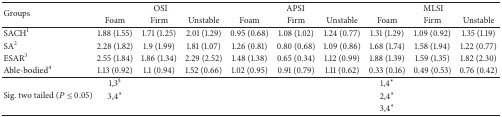
<table><thead><tr><td rowspan="2"><b>Groups</b></td><td colspan="3"><b>OSI</b></td><td colspan="3"><b>APSI</b></td><td colspan="3"><b>MLSI</b></td></tr><tr><td><b>Foam</b></td><td><b>Firm</b></td><td><b>Unstable</b></td><td><b>Foam</b></td><td><b>Firm</b></td><td><b>Unstable</b></td><td><b>Foam</b></td><td><b>Firm</b></td><td><b>Unstable</b></td></tr></thead><tbody><tr><td>SACH<sup>1</sup></td><td>1.88 (1.55)</td><td>1.71 (1.25)</td><td>2.01 (1.29)</td><td>0.95 (0.68)</td><td>1.08 (1.02)</td><td>1.24 (0.77)</td><td>1.31 (1.29)</td><td>1.09 (0.92)</td><td>1.35 (1.19)</td></tr><tr><td>SA<sup>2</sup></td><td>2.28 (1.82)</td><td>1.9 (1.99)</td><td>1.81 (1.07)</td><td>1.26 (0.81)</td><td>0.80 (0.68)</td><td>1.09 (0.86)</td><td>1.68 (1.74)</td><td>1.58 (1.94)</td><td>1.22 (0.77)</td></tr><tr><td>ESAR<sup>3</sup></td><td>2.55 (1.84)</td><td>1.86 (1.34)</td><td>2.29 (2.52)</td><td>1.48 (1.38)</td><td>0.65 (0.34)</td><td>1.12 (0.99)</td><td>1.88 (1.39)</td><td>1.59 (1.35)</td><td>1.82 (2.30)</td></tr><tr><td>Able-bodied<sup>4</sup></td><td>1.13 (0.92)</td><td>1.1 (0.94)</td><td>1.52 (0.66)</td><td>1.02 (0.95)</td><td>0.91 (0.79)</td><td>1.11 (0.62)</td><td>0.33 (0.16)</td><td>0.49 (0.53)</td><td>0.76 (0.42)</td></tr><tr><td rowspan="3">Sig. two tailed (<i>P</i> ≤ 0.05)</td><td>1,3<sup>§</sup></td><td> </td><td> </td><td> </td><td> </td><td> </td><td>1,4*</td><td> </td><td> </td></tr><tr><td>3,4*</td><td> </td><td> </td><td> </td><td> </td><td> </td><td>2,4*</td><td> </td><td> </td></tr><tr><td> </td><td> </td><td> </td><td> </td><td> </td><td> </td><td>3,4*</td><td> </td><td> </td></tr></tbody></table>